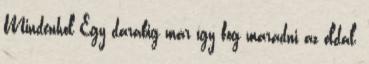
Mindenhol Egy darabig már így fog maradni az oldal,